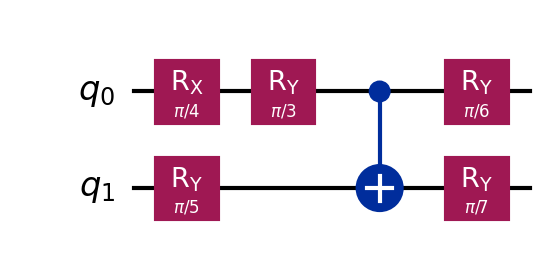
Description: 2-qubit quantum classifier
描述: 2量子比特量子分类器
Category: quantum_ml (difficulty: intermediate)
Qubits: 2, circuit depth: 4

Braket implementation:
import math
from braket.circuits import Circuit
circuit = Circuit()
circuit.rx(0, math.pi / 4)
circuit.ry(0, math.pi / 3).ry(1, math.pi / 5)
circuit.cnot(0, 1)
circuit.ry(0, math.pi / 6).ry(1, math.pi / 7)